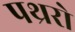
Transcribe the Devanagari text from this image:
पथ्ररो